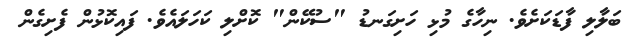
ބަލާލި ފާޑަކަށެވެ. ނިހާގެ މުޅި ހަށިގަނޑު "ސުކޭން" ކޮށްލި ކަހަލައެވެ. ފައިކޮޅުން ފެށިގެން